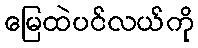
မြေထဲပင်လယ်ကို